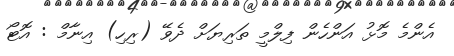
އެންމެ މޮޅު އަންހެން ފިލްމީ ތަރިޔަށް ދެވޭ (ރިހި) އިނާމް : އޮޓޯ